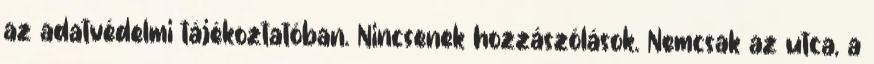
az adatvédelmi tájékoztatóban. Nincsenek hozzászólások. Nemcsak az utca, a